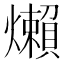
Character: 㸊